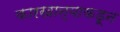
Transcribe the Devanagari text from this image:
कारखान्याकडून